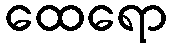
ထေရော